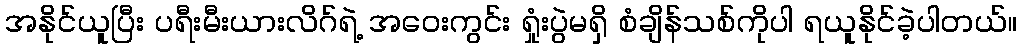
အနိုင်ယူပြီး ပရီးမီးယားလိဂ်ရဲ့ အဝေးကွင်း ရှုံးပွဲမရှိ စံချိန်သစ်ကိုပါ ရယူနိုင်ခဲ့ပါတယ်။